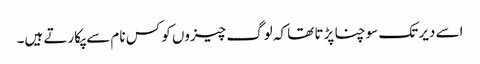
اسے دیر تک سوچنا پڑتا تھا کہ لوگ چیزوں کو کس نام سے پکارتے ہیں۔